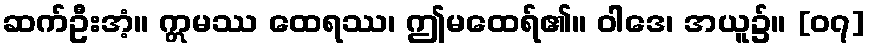
ဆက်ဦးအံ့။ ဣမဿ ထေရဿ၊ ဤမထေရ်၏။ ဝါဒေ၊ အယူ၌။ [၀၇]